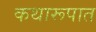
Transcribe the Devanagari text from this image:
कथारूपात